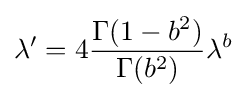
\lambda '=4{\frac {\Gamma (1-b^{2})}{\Gamma (b^{2})}}\lambda ^{b}